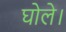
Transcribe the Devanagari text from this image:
घोले।